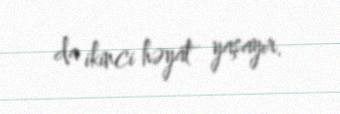
da ikinci həyat yaşayır.